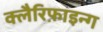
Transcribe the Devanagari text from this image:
क्लैरिफ़ाइन्ग